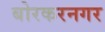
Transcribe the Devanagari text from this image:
बोरकरनगर